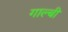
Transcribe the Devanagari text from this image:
गाल्बी